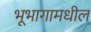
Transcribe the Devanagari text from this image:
भूभागामधील